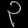
Digit: ၃